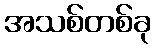
အသစ်တစ်ခု